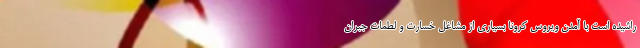
راشیده است با آمدن ویروس کرونا بسیاری از مشاغل خسارت و لطمات جبران